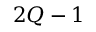
2 Q - 1